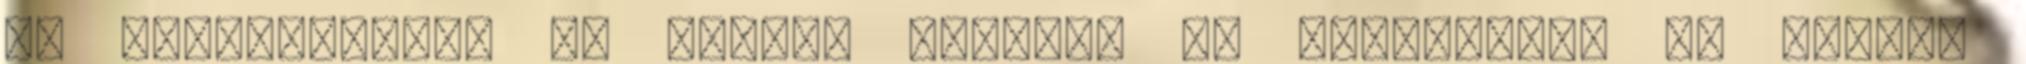
ma Kitüntetések Az iskola tanárai az Interneten Az iskola